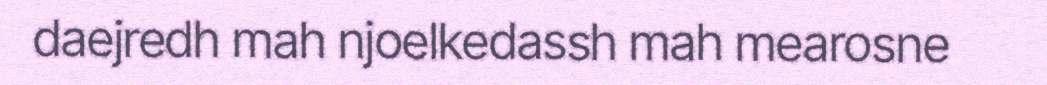
daejredh mah njoelkedassh mah mearosne